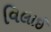
વિલાઈ